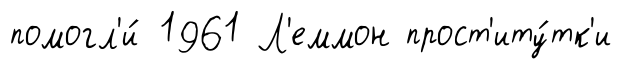
помогл'и́ 1961 Л'еммон прост'иту́тк'и